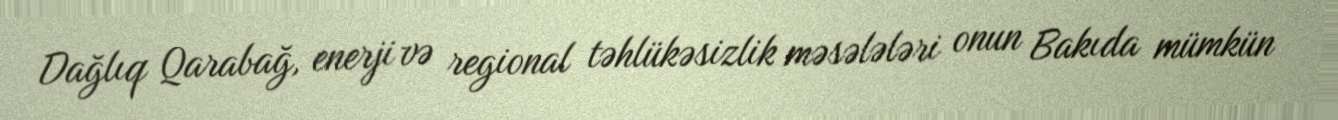
Dağlıq Qarabağ, enerji və regional təhlükəsizlik məsələləri onun Bakıda mümkün